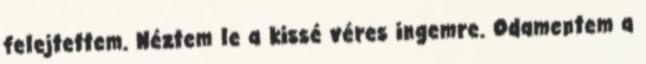
felejtettem. Néztem le a kissé véres ingemre. Odamentem a